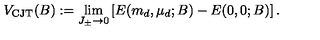
V _ { \mathrm { C J T } } ( B ) : = \lim _ { J _ { \pm } \to 0 } \left[ E ( m _ { d } , \mu _ { d } ; B ) - E ( 0 , 0 ; B ) \right] .